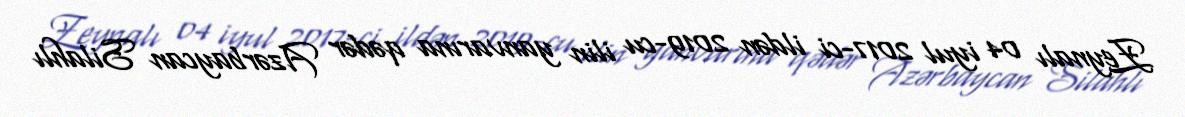
Zeynalı 04 iyul 2017-ci ildən 2019-cu ilin yanvarına qədər Azərbaycan Silahlı